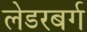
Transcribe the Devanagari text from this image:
लेडरबर्ग